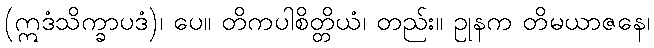
(ဣဒံသိက္ခာပဒံ)၊ ပေ။ တိကပါစိတ္တိယံ၊ တည်း။ ဥုနက တိမယာဇနေ၊